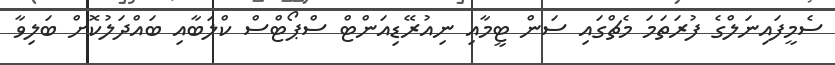
ސެމީފައިނަލްގެ ފުރަތަމަ މެޗްގައި ސަން ޓީމާއި ނިއުރޭޑިއަންޓް ސްޕޯޓްސް ކްލަބާއި ބައްދަލުކޮށް ބަލިވާ